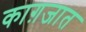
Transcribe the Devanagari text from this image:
काग़जात